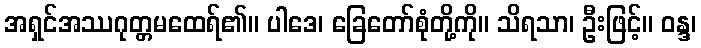
အရှင်အဿဂုတ္တမထေရ်၏။ ပါဒေ၊ ခြေတော်စုံတို့ကို။ သိရသာ၊ ဦးဖြင့်။ ဝန္ဒ၊